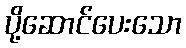
ပို့ဆောင်ပေးသော